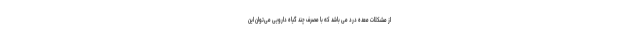
از مشکلات معده درد می باشد که با مصرف چند گیاه دارویی می‌توان این